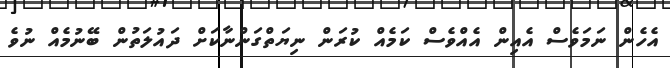
އެހެން ނަމަވެސް އެއިން އެއްވެސް ކަމެއް ކުރަން ނިޔަތްގަންނާކަށް ދައުލަތުން ބޭނުމެއް ނުވެ